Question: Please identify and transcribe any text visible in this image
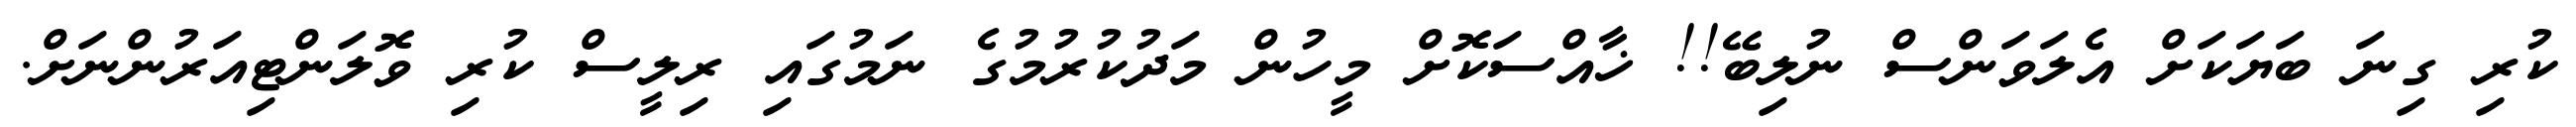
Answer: ކުރި ގިނަ ބަޔަކަށް އެލަވަންސް ނުލިބޭ!! ޚާއްސަކޮށް މީހުން މަދުކުރުމުގެ ނަމުގައި ރިލީސް ކުރި ވޮލަންޓިއަރުންނަށް.